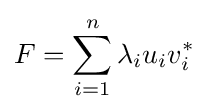
F=\sum _{i=1}^{n}\lambda _{i}u_{i}v_{i}^{*}